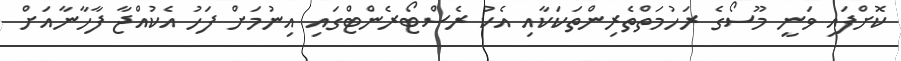
ކޮށްފައި ވަނީ މޫސޯގެ ރަހުމަތްތެރިންތަކަކާއި އެކު ރެސްޓޯރެންޓްގައި އިނުމަށް ފަހު އެކުއްޖާ ފާހާނާއަށް